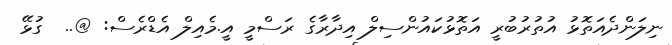
ނިލަންދެއަތޮޅު އުތުރުބުރީ އަތޮޅުކައުންސިލް އިދާރާގެ ރަސްމީ އީ.މެއިލް އެޑްރެސް: @..  ގުޅޭ